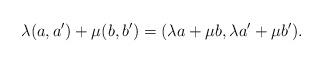
LaTeX: \begin{align*}\lambda (a, a') + \mu (b, b') = (\lambda a + \mu b, \lambda a' + \mu b').\end{align*}